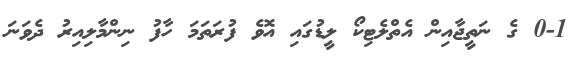
0-1 ގެ ނަތީޖާއިން އެތްލެޓިކޯ ލީޑުގައި އޮވެ ފުރަތަމަ ހާފު ނިންމާލިއިރު ދެވަނަ